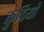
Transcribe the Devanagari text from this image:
कुर्दियों